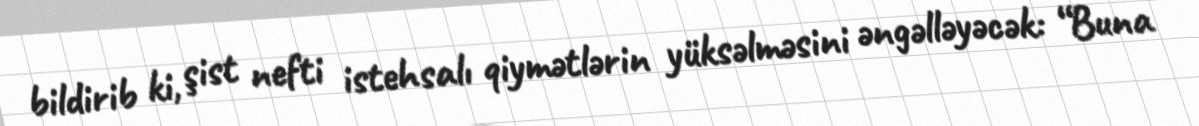
bildirib ki, şist nefti istehsalı qiymətlərin yüksəlməsini əngəlləyəcək: “Buna